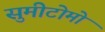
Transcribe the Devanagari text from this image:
सुमीटोमो